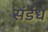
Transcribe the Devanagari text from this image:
संडंध